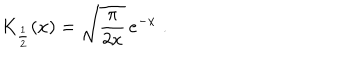
K _ { \frac { 1 } { 2 } } ( x ) = \sqrt { \frac { \pi } { 2 x } } \, e ^ { - x } \; .